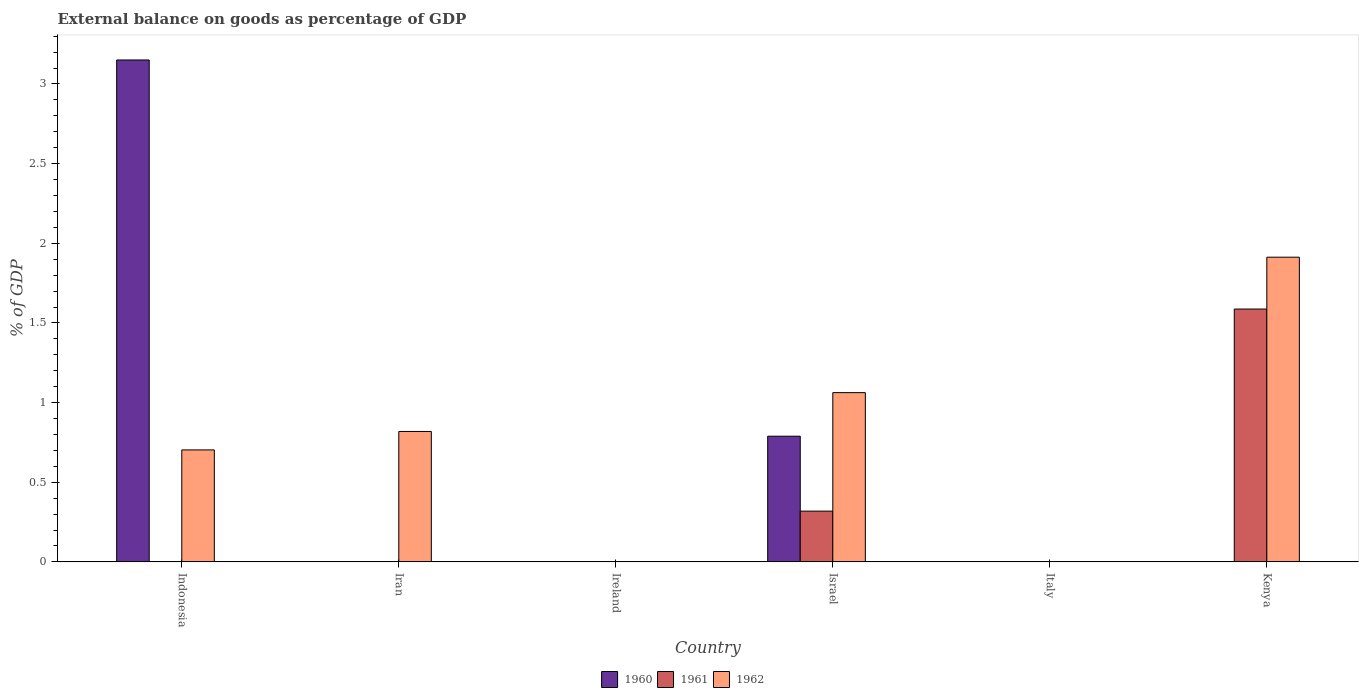
| Country | 1960 | 1961 | 1962 |
 | --- | --- | --- | --- |
 | Indonesia | 3.15 | -2.19 | 0.703 |
 | Iran | -3.54 | -2.13 | 0.819 |
 | Ireland | -5.75 | -5.55 | -6.93 |
 | Israel | 0.789 | 0.319 | 1.06 |
 | Italy | -0.366 | -0.0706 | -0.534 |
 | Kenya | -2.57 | 1.59 | 1.91 |